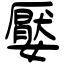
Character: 嬮